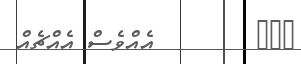
١٩١        އެއްވެސް އެއްޗެއް